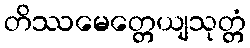
တိဿမေတ္တေယျသုတ္တံ